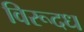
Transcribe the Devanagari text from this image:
विरूदध